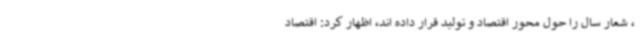
، شعار سال را حول محور اقتصاد و تولید قرار داده اند، اظهار کرد: اقتصاد